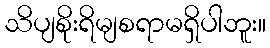
သိပျစိုးရိမျစရာမရှိပါဘူး။